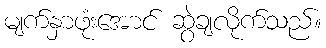
မျက်နှာဖုံးအောင် ဆွဲချလိုက်သည်။